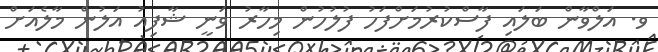
ވ. އަލްވާން ބަލައި ފާސްކުރުމަށްފަހު ފުލުހުން މިހާރު ވަނީ ޝާފިއު އަލުން މާލެއަށް